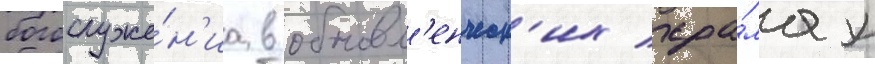
богослуже́н'иа в обновл'енческ'их хра́мах